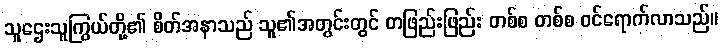
သူဌေးသူကြွယ်တို့၏ စိတ်အနာသည် သူ၏အတွင်းတွင် တဖြည်းဖြည်း တစ်စ တစ်စ ဝင်ရောက်လာသည်။